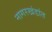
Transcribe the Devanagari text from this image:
नागरखंडांत